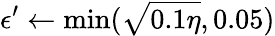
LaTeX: \epsilon^{\prime}\gets\operatorname*{min}(\sqrt{0.1\eta},0.05)